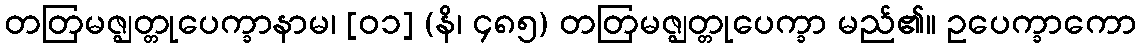
တတြမဇ္ဈတ္တုပေက္ခာနာမ၊ [၀၁] (နိ၊ ၄၈၅) တတြမဇ္ဈတ္တုပေက္ခာ မည်၏။ ဥပေက္ခာကော